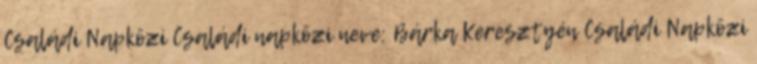
Családi Napközi Családi napközi neve: Bárka Keresztyén Családi Napközi